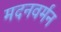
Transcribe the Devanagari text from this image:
मदनवर्मन